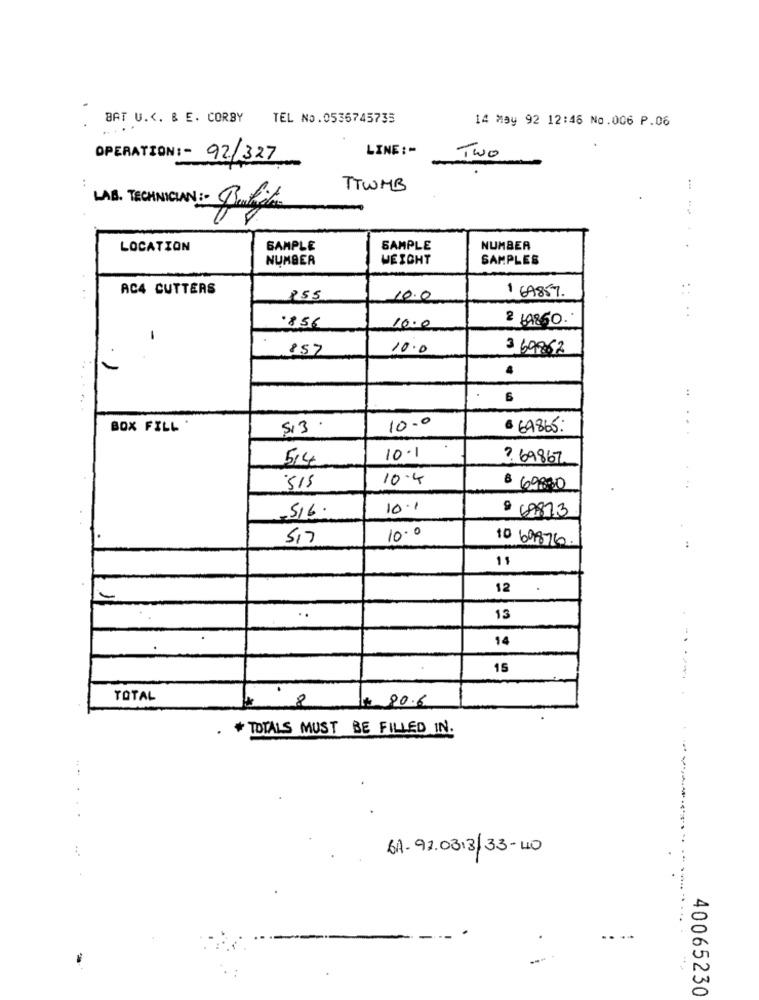
BAT U. C. & E. CORBY
TEL No.0535745735
14 May 92 12:46 No.006 P.06
LINE :-
OPERATION :- 92/327
Two
TTWMB
LAE.
LOCATION
SAMPLE
SAMPLE
NUMBER
NUMBER
WEIGHT
SAMPLES
AC4 CUTTERS
1 69857.
. .
155
10.0
:
0
856
10.0
-
857
10.0
3 69862
4
:
6
BOX FILL
513
10.0
. 69865:
5,4
10-1
3. 69867
10.4
515
$ 69880
-516.
10.1
9 69873
517
10.0
10 69876.
:
12
13
14
15
TOTAL
80.6
# 8
.
TOTALS MUST BE FILLED IN.
BA-92.03.3|33-40
- .
.....
40065230